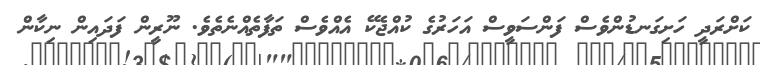
ކަށްރަދީ ހަށިގަނޑުންވެސް ފަންސަވީސް އަހަރުގެ ކުއްޖެކޭ އެއްވެސް ތަފާތެއްނެތެވެ. ނޫރީން ފަދައިން ނިކާން